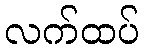
လက်ထပ်